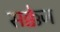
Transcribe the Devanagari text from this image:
सक्केज